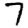
Digit: 7